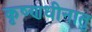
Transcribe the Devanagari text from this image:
कृष्णधीनातु